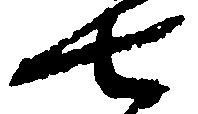
七